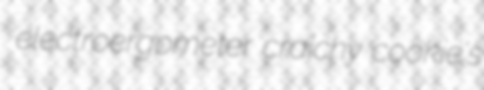
electroergometer craichy cookie's